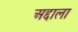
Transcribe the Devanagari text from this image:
अद्दाला